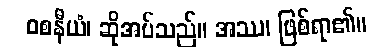
ဝစနီယံ၊ ဆိုအပ်သည်။ အဿ၊ ဖြစ်ရာ၏။